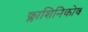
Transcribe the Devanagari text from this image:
क्लाशिनिकोव